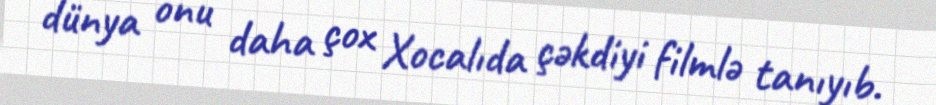
dünya onu daha çox Xocalıda çəkdiyi filmlə tanıyıb.